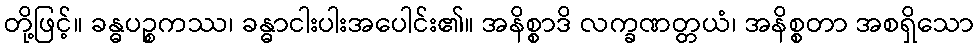
တို့ဖြင့်။ ခန္ဓပဉ္စကဿ၊ ခန္ဓာငါးပါးအပေါင်း၏။ အနိစ္စာဒိ လက္ခဏတ္တယံ၊ အနိစ္စတာ အစရှိသော